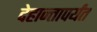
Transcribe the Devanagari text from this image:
देहान्तापर्यंत